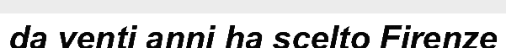
da venti anni ha scelto Firenze